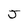
Character: J